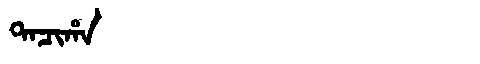
Manchu: ᡨᠠᠴᡳᡥᠠ
Romanization: TACIHA